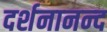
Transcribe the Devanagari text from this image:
दर्शनानन्‍द